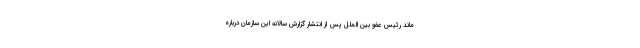
ماند رئیس عفو بین الملل پس از انتشار گزارش سالانه این سازمان درباره